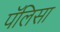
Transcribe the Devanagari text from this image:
पॅलिसा